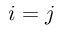
i = j